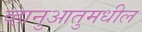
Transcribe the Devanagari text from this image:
व्हानुआतुमधील